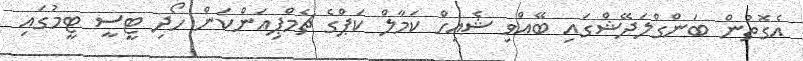
އެގޮތުން ބަންގްލަދޭޝްގައި ބޭއްވި ޝެއިހް ކަމާލް ކަޕްގެ ޗެމްޕިއަންކަން ހޯދި ޓީސީ ޓީމުގައި